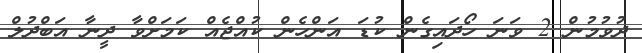
ދުވުމުން 2 ވަނަ ހޯދައިގެން ކުޑަ އަންހެން ކުއްޖެއް ކަމަށްވާ ދީނާ އަބްދުލް